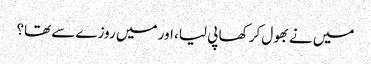
میں نے بھول کر کھا پی لیا، اور میں روزے سے تھا؟